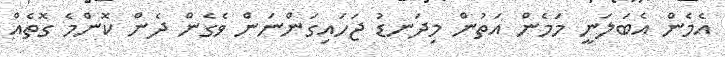
އެމެން އެބަލަނީ މަމެން އަތުން މިދަނޑު ޖަހައިގަންނަން ވެގެން ދެން ކޮންމެ ގޮތެއް